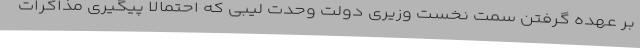
بر عهده گرفتن سمت نخست وزیری دولت وحدت لیبی که احتمالا پیگیری مذاکرات